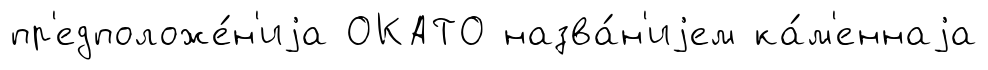
пр'едположе́н'иjа ОКАТО назва́н'иjем ка́м'еннаjа